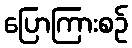
ပြောကြားစဉ်